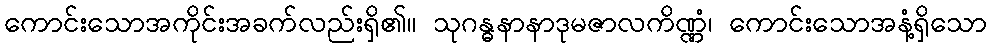
ကောင်းသောအကိုင်းအခက်လည်းရှိ၏။ သုဂန္ဓနာနာဒုမဇာလကိဏ္ဏံ၊ ကောင်းသောအနံ့ရှိသော